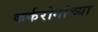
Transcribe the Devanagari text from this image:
कर्करोगांच्या